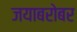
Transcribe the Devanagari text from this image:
जयाबरोबर